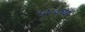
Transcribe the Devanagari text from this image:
१२००च्या